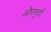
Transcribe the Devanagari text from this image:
औरगुर्दा